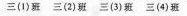
三(1)班 三(2)班 三(3)班 三(4)班